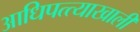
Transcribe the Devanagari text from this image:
आधिपत्त्याखाली